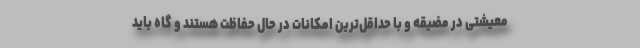
معیشتی در مضیقه و با حداقل‌ترین امکانات در حال حفاظت هستند و گاه باید